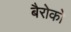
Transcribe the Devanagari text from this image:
बैरोको